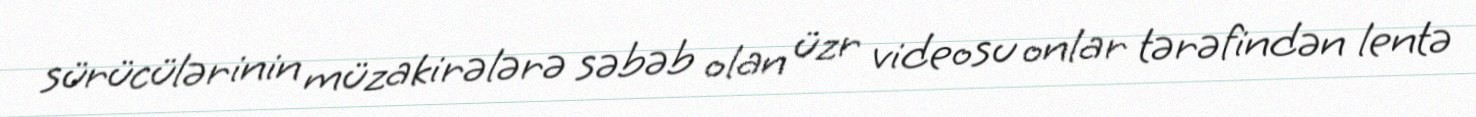
sürücülərinin müzakirələrə səbəb olan üzr videosu onlar tərəfindən lentə